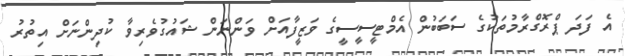
އެ ފަދަ ޕްރޮގްރާމުތަކުގެ ސަބަބުން އެމްޓީސީސީގެ ވަޒީފާއަށް ވަންނަން ޝައުގުވެރިވާ ކުދިންނަށް އިތުރު